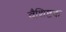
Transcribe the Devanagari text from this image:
वैशिष्टक